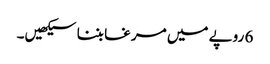
6 روپے میں مرغا بننا سیکھیں۔